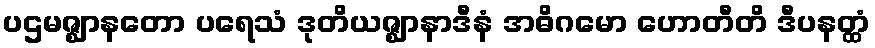
ပဌမဇ္ဈာနတော ပရေသံ ဒုတိယဇ္ဈာနာဒီနံ အဓိဂမော ဟောတီတိ ဒီပနတ္ထံ